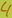
Text: 4